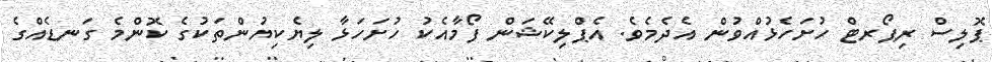
ޕޮލިސް ރިޕޯރޓް ހުށަހެޅުއްވުން އެދެމެވެ. އެޕްލިކޭޝަން ފޯމާއެކު ހުށަހަޅާ ލިޔެކިޔުންތަކުގެ ކޮންމެ ގަނޑެއްގެ